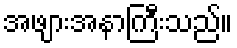
အဖျားအနာကြီးသည်။